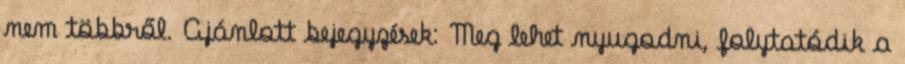
nem többről. Ajánlott bejegyzések: Meg lehet nyugodni, folytatódik a